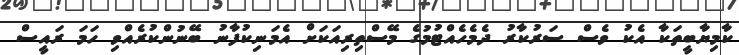
ކާމިޔާބީތަކާ އެކު ވެސް ސަރުކާރު ދެމެހެއްޓުމުގެ މޭސްތިރިއަކަށް އެމަނިކުފާނު ބޭނުންކުރެއްވި ހަމަ ރައީސް